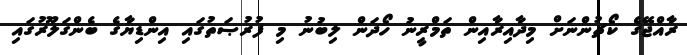
ރާއްޖޭގެ ކޯޗުންނަށް މިދާއިރާއިން ތަމްރީނު ހޯދަން ލިބުނު މި ފުރުޞަތުގައި އިންޑިޔާގެ ބެންގަލޫރުގައި